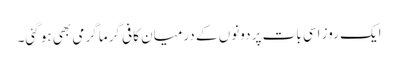
ایک روز اسی بات پر دونوں کے درمیان کافی گرما گرمی بھی ہو گئی۔